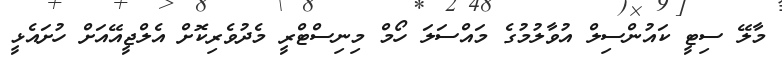
މާލޭ ސިޓީ ކައުންސިލް އުވާލުމުގެ މައްސަލަ ހޯމް މިނިސްޓްރީ މެދުވެރިކޮށް އެލްޖީއޭއަށް ހުށައެޅީ